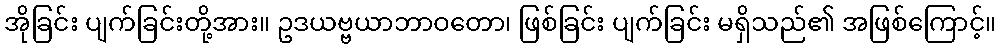
အိုခြင်း ပျက်ခြင်းတို့အား။ ဥဒယဗ္ဗယာဘာဝတော၊ ဖြစ်ခြင်း ပျက်ခြင်း မရှိသည်၏ အဖြစ်ကြောင့်။